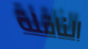
الناقلة